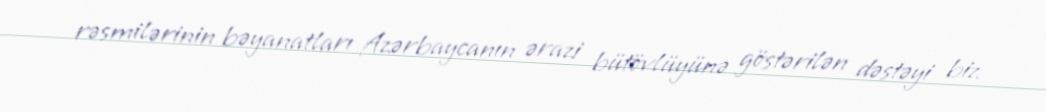
rəsmilərinin bəyanatları Azərbaycanın ərazi bütövlüyünə göstərilən dəstəyi biz